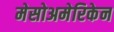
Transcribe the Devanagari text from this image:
मेसोअमेरिकेन